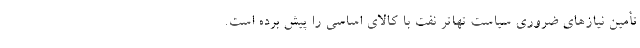
تأمین نیازهای ضروری سیاست تهاتر نفت با کالای اساسی را پیش برده است.